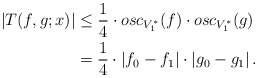
\begin{align*}\left|T(f,g;x)\right|&\leq \frac{1}{4}\cdot osc_{V^*_1}(f)\cdot osc_{V^*_1}(g)\\ &=\frac{1}{4}\cdot \left|f_0-f_1\right|\cdot\left|g_0-g_1\right|.\end{align*}